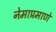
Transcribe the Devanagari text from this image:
नेमाप्रमाणे